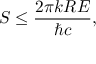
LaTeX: S \leq { \frac { 2 \pi k R E } { \hbar c } } ,